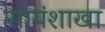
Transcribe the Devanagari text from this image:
सायंशाखा